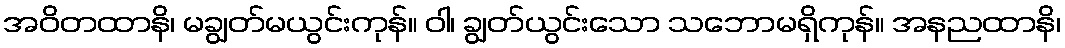
အဝိတထာနိ၊ မချွတ်မယွင်းကုန်။ ဝါ၊ ချွတ်ယွင်းသော သဘောမရှိကုန်။ အနညထာနိ၊